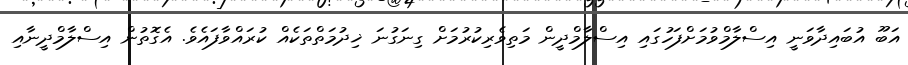
އަބޫ އުބައިދާވަނީ އިސްލާމްވުމަށްފަހުގައި އިސްލާމްދީން މަތިވެރިކުރުމަށް ގިނަގުނަ ޚިދުމަތްތަކެއް ކުރައްވާފައެވެ. އެގޮތުން އިސްލާމްދީނާއި